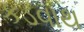
કડવાથ